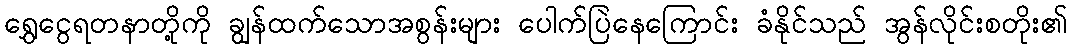
ရွှေငွေရတနာတို့ကို ချွန်ထက်သောအစွန်းများ ပေါက်ပြဲနေကြောင်း ခံနိုင်သည် အွန်လိုင်းစတိုး၏